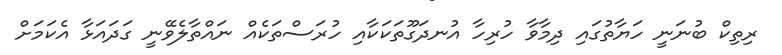
ރިތިކް ބުނަނީ ހަޔާތުގައި ދިމާވާ ހުރިހާ އުނދަގޫތަކަކާއި ހުރަސްތަކެއް ނައްތާލެވޭނީ ގަދައަޅާ އެކަމަށް